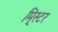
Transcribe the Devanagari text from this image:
मि्स्टर